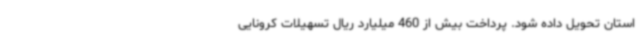
استان تحویل داده شود. پرداخت بیش از 460 میلیارد ریال تسهیلات کرونایی